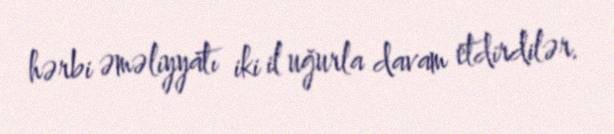
hərbi əməliyyatı iki il uğurla davam etdirdilər.